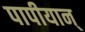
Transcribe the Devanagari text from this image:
पापीयान्‌